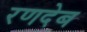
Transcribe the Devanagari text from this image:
रणदेब